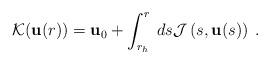
LaTeX: \begin{align*}\mathcal{K}(\mathbf{u}(r)) = \mathbf{u}_{0} + \int_{r_h}^{r}\:ds \mathcal{J}\left(s,\mathbf{u}(s)\right)\:. \end{align*}